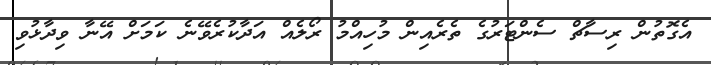
އެގޮތުން ރިސާޗް ސެންޓަރުގެ ތެރެއިން މުހިއްމު ރޯލެއް އަދާކުރެވޭނެ ކަމަށް އޭނާ ވިދާޅުވި